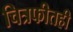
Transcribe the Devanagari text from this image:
चित्रफीतही